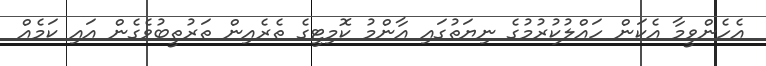
އެހެންވީމާ އެކަން ހައްލުކުރުމުގެ ނިޔަތުގައި އާންމު ކޮމިޓީގެ ތެރެއިން ތަރުތީބުވެގެން އައި ކަމެއް